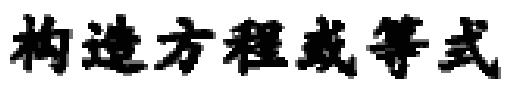
构造方程或等式